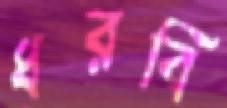
ধরবি